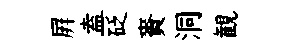
屛盍砭賚洞観